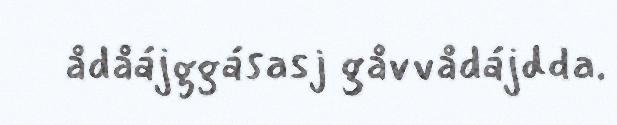
ådåájggásasj gåvvådájdda.